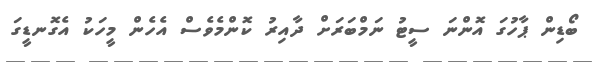
ބޯޑިން ޕާހުގަ އޮންނަ ސީޓު ނަމްބަރަށް ދާއިރު ކޮންމެވެސް އެހެން މީހަކު އެގޮނޑީގަ